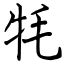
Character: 牦